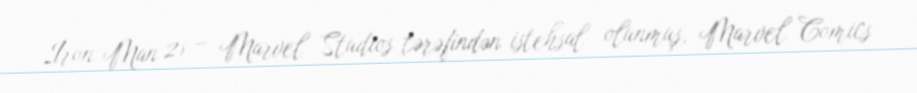
Iron Man 2) – Marvel Studios tərəfindən istehsal olunmuş, Marvel Comics